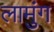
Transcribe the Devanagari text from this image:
लामुंग